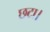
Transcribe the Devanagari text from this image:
छटा।